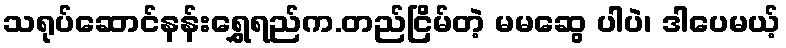
သရုပ်ဆောင်နန်းရွှေရည်က.တည်ငြိမ်တဲ့ မမဆွေ ပါပဲ၊ ဒါပေမယ့်